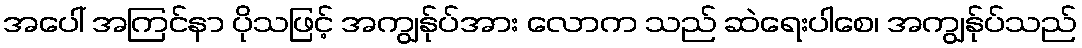
အပေါ် အကြင်နာ ပိုသဖြင့် အကျွန်ုပ်အား လောက သည် ဆဲရေးပါစေ၊ အကျွန်ုပ်သည်